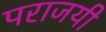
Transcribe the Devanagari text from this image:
पराजयी